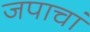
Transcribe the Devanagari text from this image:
जपाचां